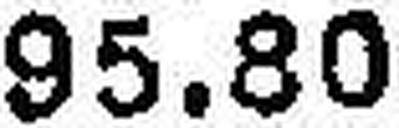
95.80